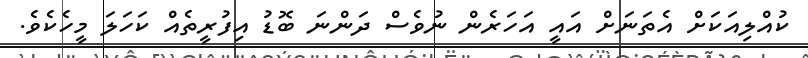
ކުއްލިއަކަށް އެތަނަށް އައީ އަހަރެން ނުވެސް ދަންނަ ބޮޑު އިފުރީތެއް ކަހަލަ މީހެކެވެ.